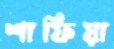
শাফিয়া